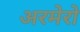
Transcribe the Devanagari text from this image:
अरमेरो